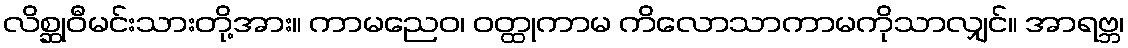
လိစ္ဆုဝီမင်းသားတို့အား။ ကာမညေဝ၊ ဝတ္ထုကာမ ကိလောသာကာမကိုသာလျှင်။ အာရဗ္ဘ၊